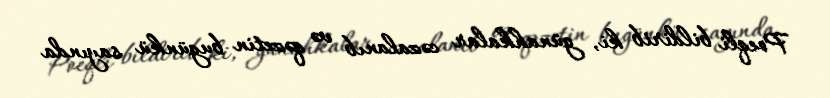
Poeqli bildirib ki, günahkalar cəzalanıb və qəzetin bugünkü sayında